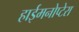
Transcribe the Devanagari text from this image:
हाईमनोप्टेरा